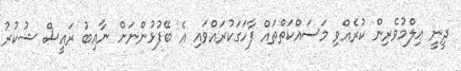
ދީނީ ޢިލްމުވެރިން ކުރެއްވި މަސައްކަތްތައް ފާހަގަކުރައްވައި އެ ބޭފުޅުންނަށް ނާއިބު ރައީސް ޝުކުރު